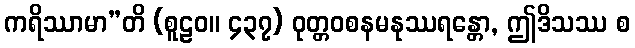
ကရိဿာမာ”တိ (စူဠဝ။ ၄၃၇) ဝုတ္တဝစနမနုဿရန္တော, ဤဒိသဿ စ